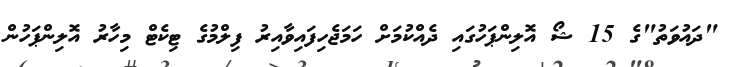
"ދައުވަތު"ގެ 15 ޝޯ އޮލިންޕަހުގައި ދެއްކުމަށް ހަމަޖެހިފައިވާއިރު ފިލްމުގެ ޓިކެޓް މިހާރު އޮލިންޕަހުން